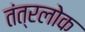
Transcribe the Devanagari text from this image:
तंत्रलोक